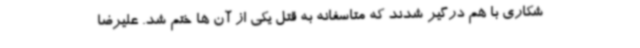
شکاری با هم درگیر شدند که متاسفانه به قتل یکی از آن ها ختم شد. علیرضا